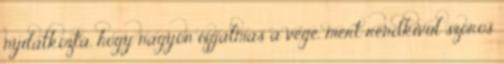
nyilatkozta, hogy nagyon izgalmas a vege, mert rendkivul szoros